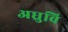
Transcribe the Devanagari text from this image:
अध्रुवि